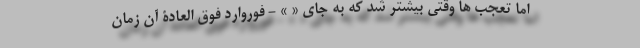
اما تعجب ها وقتی بیشتر شد که به جای « » - فوروارد فوق العادۀ آن زمان